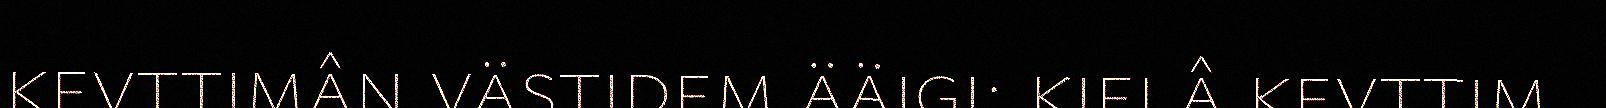
kevttimân västidem ääigi: kielâ kevttim